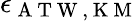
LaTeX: \epsilon_{\mathrm{~A~T~W~,~K~M~}}